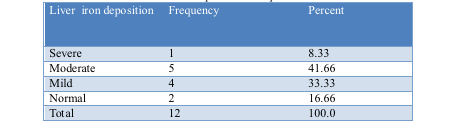
<table><thead><tr><td><b>Liver iron deposition</b></td><td><b>Frequency</b></td><td><b>Percent</b></td></tr></thead><tbody><tr><td>Severe</td><td>1</td><td>8.33</td></tr><tr><td>Moderate</td><td>5</td><td>41.66</td></tr><tr><td>Mild</td><td>4</td><td>33.33</td></tr><tr><td>Normal</td><td>2</td><td>16.66</td></tr><tr><td>Total</td><td>12</td><td>100.0</td></tr></tbody></table>